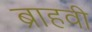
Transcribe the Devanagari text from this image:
ब्राहवी